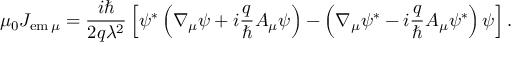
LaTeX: \mu _ { 0 } J _ { \mathrm { e m } \, \mu } = \frac { i \hbar } { 2 q \lambda ^ { 2 } } \left[ \psi ^ { * } \left( \nabla _ { \mu } \psi + i \frac { q } { \hbar } A _ { \mu } \psi \right) - \left( \nabla _ { \mu } \psi ^ { * } - i \frac { q } { \hbar } A _ { \mu } \psi ^ { * } \right) \psi \right] .